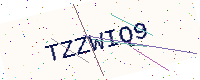
Text: TZZWIQ9